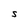
Character: S